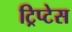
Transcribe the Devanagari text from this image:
ट्रिप्टेस